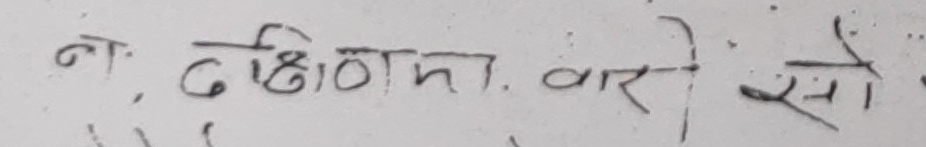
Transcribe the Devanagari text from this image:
न, दक्षिणमा. वार सो